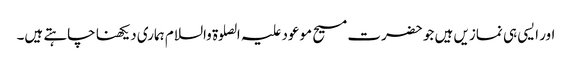
اور ایسی ہی نمازیں ہیں جو حضرت مسیح موعود علیہ الصلوۃ والسلام ہماری دیکھنا چاہتے ہیں۔